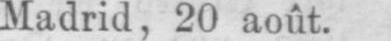
Madrid, 20 août.